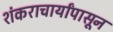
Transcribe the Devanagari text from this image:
शंकराचार्यांपासून